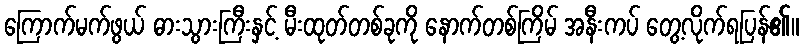
ကြောက်မက်ဖွယ် ဓားသွားကြီးနှင့် မီးထုတ်တစ်ခုကို နောက်တစ်ကြိမ် အနီးကပ် တွေ့လိုက်ရပြန်၏။